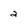
Character: 2